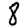
Digit: 8